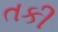
તકી